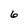
Character: 6